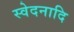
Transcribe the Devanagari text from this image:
स्वेदनादि